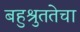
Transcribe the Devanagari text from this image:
बहुश्रुततेचा